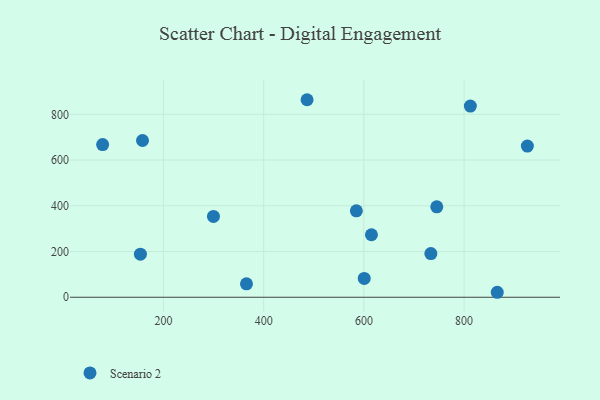
{"axis": {"x": "Engine Size", "y": "Fuel Efficiency"}, "legend": ["Scenario 2"], "data": [{"x": "615.1", "y": 273.4, "type": "Scenario 2"}, {"x": "158.2", "y": 685.5, "type": "Scenario 2"}, {"x": "600.7", "y": 82.2, "type": "Scenario 2"}, {"x": "812.5", "y": 836.1, "type": "Scenario 2"}, {"x": "585.0", "y": 378.1, "type": "Scenario 2"}, {"x": "365.7", "y": 58.6, "type": "Scenario 2"}, {"x": "78.6", "y": 667.8, "type": "Scenario 2"}, {"x": "926.3", "y": 661.0, "type": "Scenario 2"}, {"x": "154.0", "y": 188.4, "type": "Scenario 2"}, {"x": "486.6", "y": 863.8, "type": "Scenario 2"}, {"x": "299.8", "y": 353.5, "type": "Scenario 2"}, {"x": "866.2", "y": 21.8, "type": "Scenario 2"}, {"x": "733.7", "y": 191.1, "type": "Scenario 2"}, {"x": "745.5", "y": 395.4, "type": "Scenario 2"}]}